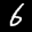
Label: 6